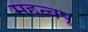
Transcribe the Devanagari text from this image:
महत्वपू